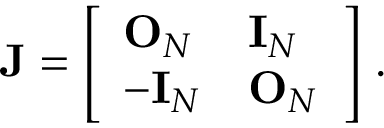
\mathbf { J } = \left[ \begin{array} { l l } { \mathbf { O } _ { N } } & { \mathbf { I } _ { N } } \\ { - \mathbf { I } _ { N } } & { \mathbf { O } _ { N } } \end{array} \right] \, .